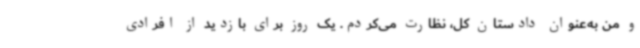
و من به‌عنوان دادستان کل، نظارت می‌کردم. یک روز برای بازدید از افرادی